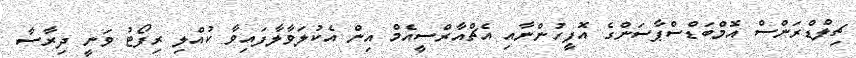
ޗިލްޑްރަންސް އޮމްބަޑްސްޕާސަންގެ އޮފީހުންނާއި އެޗްއާރްސީއެމް އިން އެކުލަވާލާފައިވާ ކުއްލި ރިފޯޓު ވަނީ ދިރާސާ